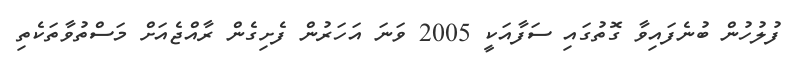
ފުލުހުން ބުނެފައިވާ ގޮތުގައި ސަފާއަކީ 2005 ވަނަ އަހަރުން ފެށިގެން ރާއްޖެއަށް މަސްތުވާތަކެތި